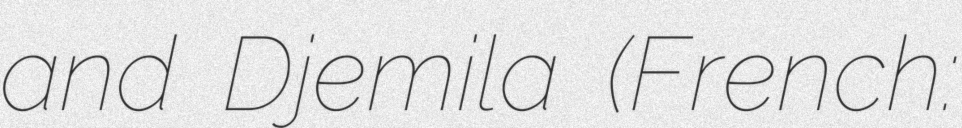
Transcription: and Djemila (French: